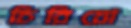
চিরিয়ো